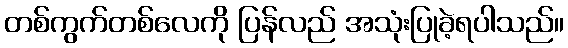
တစ်ကွက်တစ်လေကို ပြန်လည် အသုံးပြုခဲ့ရပါသည်။